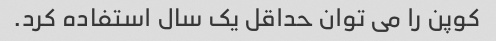
کوپن را می توان حداقل یک سال استفاده کرد.